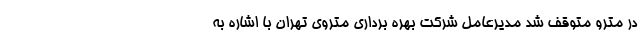
در مترو متوقف شد مدیرعامل شرکت بهره برداری متروی تهران با اشاره به